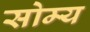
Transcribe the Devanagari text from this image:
सोम्य